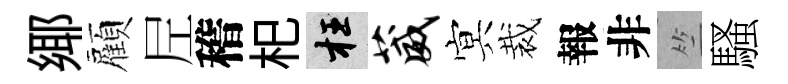
鄊顏𡰱稽𣏌枉葳㝠裁報非竺騷